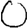
Digit: 0